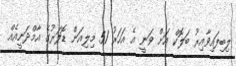
ލިބިފައިވާއިރު ބަލޮކް އަށް ވަނީ އެ އަހަރު 51 މިލިއަން ޑޮލަރުގެ އާމްދަނީއެއް